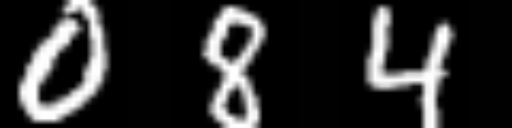
Text: 084